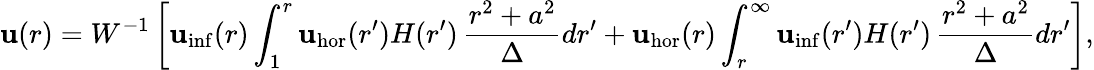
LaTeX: \mathbf{u}(r)=W^{-1}\left[\mathbf{u}_{\mathrm{{inf}}}(r)\int_{1}^{r}\mathbf{u}_{\mathrm{{hor}}}(r^{\prime})H(r^{\prime})\, \frac{{r^{2}+a^{2}}}{{\Delta}}dr^{\prime}+\mathbf{u}_{\mathrm{{hor}}}(r)\int_{r}^{\infty}\mathbf{u}_{\mathrm{{inf}}}(r^{\prime})H(r^{\prime})\, \frac{{r^{2}+a^{2}}}{{\Delta}}dr^{\prime}\right],